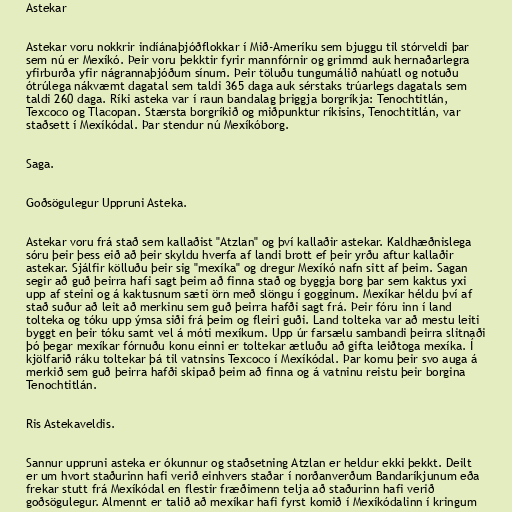
Astekar

Astekar voru nokkrir indíánaþjóðflokkar í Mið-Ameríku sem bjuggu til stórveldi þar
sem nú er Mexíkó. Þeir voru þekktir fyrir mannfórnir og grimmd auk hernaðarlegra
yfirburða yfir nágrannaþjóðum sínum. Þeir töluðu tungumálið nahúatl og notuðu
ótrúlega nákvæmt dagatal sem taldi 365 daga auk sérstaks trúarlegs dagatals sem
taldi 260 daga. Ríki asteka var í raun bandalag þriggja borgríkja: Tenochtitlán,
Texcoco og Tlacopan. Stærsta borgríkið og miðpunktur ríkisins, Tenochtitlán, var
staðsett í Mexíkódal. Þar stendur nú Mexíkóborg.

Saga.

Goðsögulegur Uppruni Asteka.

Astekar voru frá stað sem kallaðist "Atzlan" og því kallaðir astekar. Kaldhæðnislega
sóru þeir þess eið að þeir skyldu hverfa af landi brott ef þeir yrðu aftur kallaðir
astekar. Sjálfir kölluðu þeir sig "mexíka" og dregur Mexíkó nafn sitt af þeim. Sagan
segir að guð þeirra hafi sagt þeim að finna stað og byggja borg þar sem kaktus yxi
upp af steini og á kaktusnum sæti örn með slöngu í gogginum. Mexíkar héldu því af
stað suður að leit að merkinu sem guð þeirra hafði sagt frá. Þeir fóru inn í land
tolteka og tóku upp ýmsa siði frá þeim og fleiri guði. Land tolteka var að mestu leiti
byggt en þeir tóku samt vel á móti mexíkum. Upp úr farsælu sambandi þeirra slitnaði
þó þegar mexíkar fórnuðu konu einni er toltekar ætluðu að gifta leiðtoga mexíka. Í
kjölfarið ráku toltekar þá til vatnsins Texcoco í Mexíkódal. Þar komu þeir svo auga á
merkið sem guð þeirra hafði skipað þeim að finna og á vatninu reistu þeir borgina
Tenochtitlán.

Ris Astekaveldis.

Sannur uppruni asteka er ókunnur og staðsetning Atzlan er heldur ekki þekkt. Deilt
er um hvort staðurinn hafi verið einhvers staðar í norðanverðum Bandaríkjunum eða
frekar stutt frá Mexíkódal en flestir fræðimenn telja að staðurinn hafi verið
goðsögulegur. Almennt er talið að mexíkar hafi fyrst komið í Mexíkódalinn í kringum